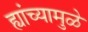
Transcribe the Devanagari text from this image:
ह्यांच्यामुळे